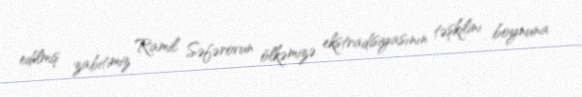
edilmiş zabitimiz Ramil Səfərovun ölkəmizə ekstradisiyasının təşkilini boynuna